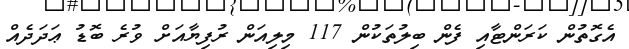
އެގޮތުން ކަރަންޓާއި ފެން ބިލުތަކުން 117 މިލިއަން ރުފިޔާއަށް ވުރެ ބޮޑު ޢަދަދެއް